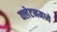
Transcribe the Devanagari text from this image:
क्लेटनमध्ये